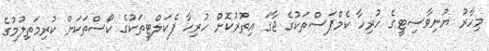
މިހާރު ޔުނިވާސިޓީގެ ހުރިހާ ކެމްޕަސްތަކުގެ ޖާގަ އިތުރުކޮށް ހުރިހާ ފެކަލްޓީތަކުގެ ކޯސްތަކަށް ކުރިމަތިލުމުގެ